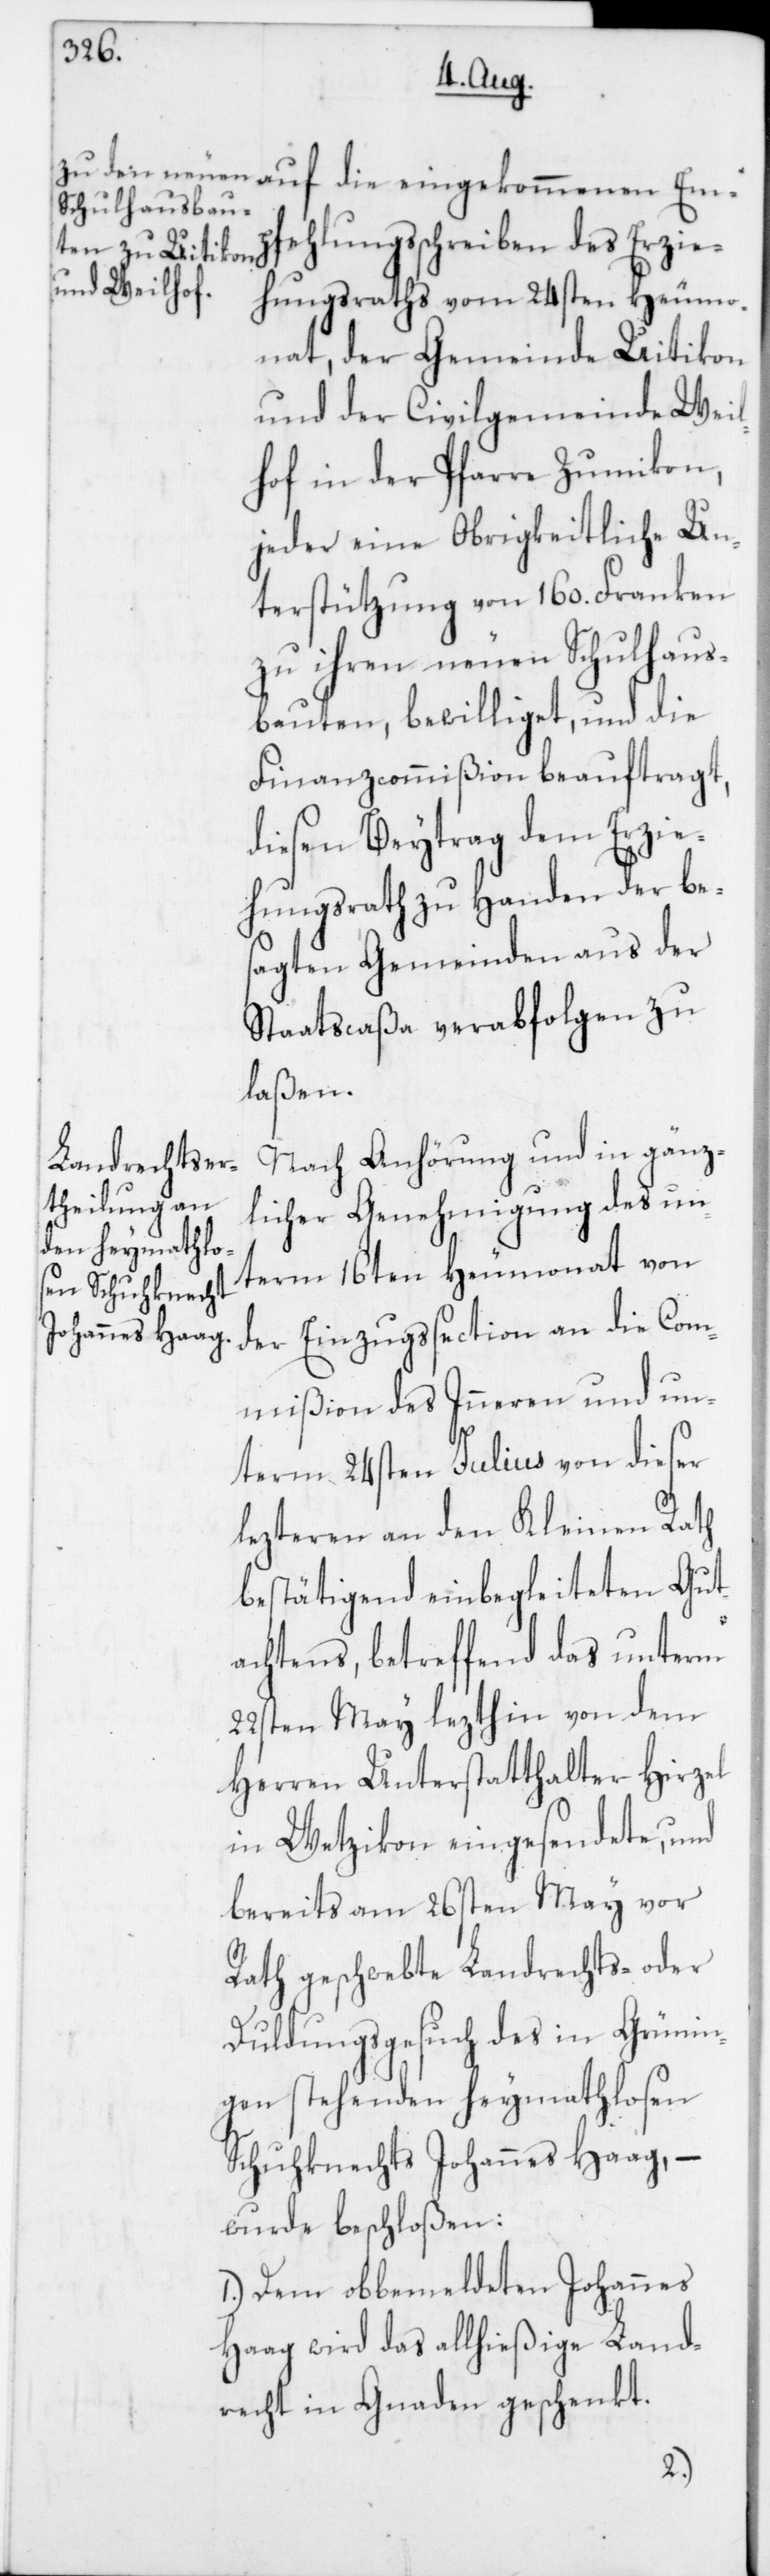
fehlungsschreiben des Erzie¬
hungsraths vom 24sten Heumo¬
nat, der Gemeinde Uitikon
und der Civilgemeinde Weil¬
hof in der Pfarre Zumikon,
jeder eine Obrigkeitliche Un¬
terstützung von 160. Franken
zu ihren neuen Schulhaus¬
bauten, bewilliget, und die
Finanzcommißion beauftragt,
diesen Beytrag dem Erzie¬
hungsrath zu Handen der be¬
sagten Gemeinden aus der
Staatscaßa verabfolgen zu
laßen.
Nach Anhörung und in gänz¬
licher Genehmigung des un¬
term 16ten Heumonat von
der Einzugssection an die Com¬
mißion des Inneren und un¬
term 24sten Julius von dieser
lezteren an den Kleinen Rath
bestätigend einbegleiteten Gut¬
achtens, betreffend das unterm
22sten May lezthin von dem
Herren Unterstatthalter Hirzel
in Wetzikon eingesendete, und
bereits am 26sten May vor
Rath geschwebte Landrechts- oder
Duldungsgesuch des in Grünin¬
gen stehenden heymathlosen
Schuhknechts Johannes Haag, –
wurde beschloßen:
1. Dem obbemeldeten Johannes
Haag wird das allhießige Land¬
recht in Gnaden geschenkt.
Emp¬